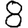
Digit: 8